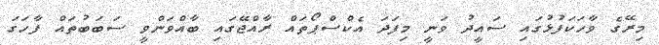
މިރޭގެ ވާހަކަފުޅުގައި ސައީދު ވަނީ މިފަދަ އެކްސްޕޯތައް ރާއްޖޭގައި ބާއްވަންވީ ސަބަބުތައް ފާހަގަ